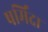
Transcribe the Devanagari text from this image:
षर्मिंदा